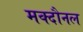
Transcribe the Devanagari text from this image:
मक्दौनल